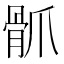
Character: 𩨢